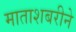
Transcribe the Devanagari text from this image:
माताशबरीने